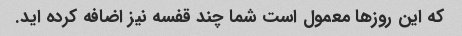
که این روزها معمول است شما چند قفسه نیز اضافه کرده اید.